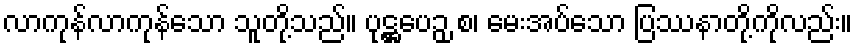
လာကုန်လာကုန်သော သူတို့သည်။ ပုဋ္ဌပေဉှ စ၊ မေးအပ်သော ပြဿနာတို့ကိုလည်း။